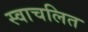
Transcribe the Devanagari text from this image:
स्वाचलित